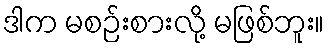
ဒါက မစဉ်းစားလို့ မဖြစ်ဘူး။